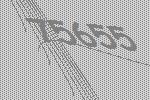
75655